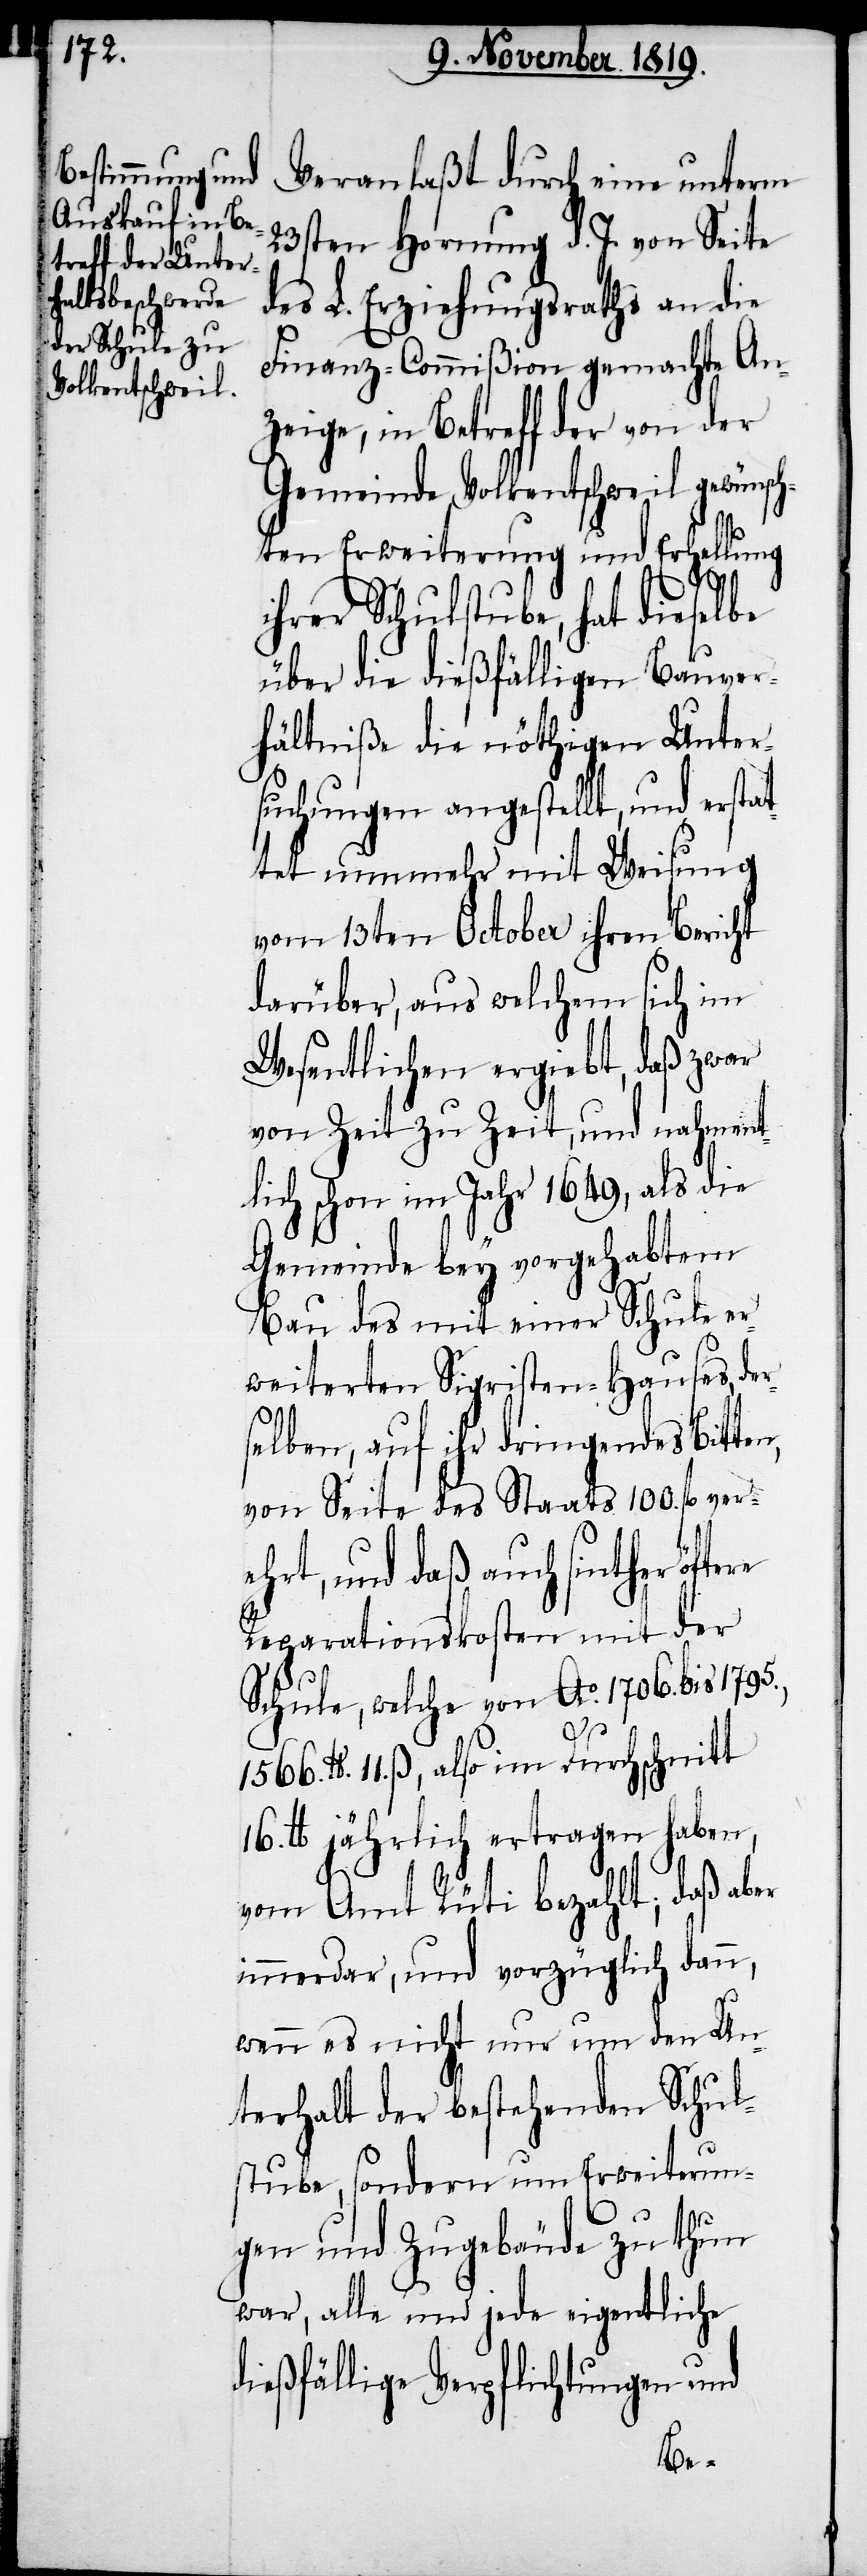
Veranlaßt durch eine unterm
23sten Hornung d. J. von Seite
des L. Erziehungsraths an die
Finanz-Commißion gemachte An¬
zeige, in Betreff der von der
Gemeinde Volkentschweil gewünsch¬
ten Erweiterung und Erhellung
ihrer Schulstube, hat dieselbe
über die dießfälligen Bauver¬
hältniße die nöthigen Unter¬
suchungen angestellt, und erstat¬
tet nunmehr mit Weisung
vom 13ten October ihren Bericht
darüber, aus welchem sich im
Wesentlichen ergiebt, daß zwar
von Zeit zu Zeit, und nahment¬
lich schon im Jahr 1649, als die
Gemeinde bey vorgehabtem
Bau des mit einer Schule er¬
weiterten Sigristen-Hauses, der¬
rn
selben, auf ihr dringendes Bitten,
von Seite des Staats 100. fl. ver¬
ehrt, und daß auch sinther öfte¬
Reparationskosten mit der
Schule, welche von Ao. 1706. bis 1795.,
1566.
lb. 11. ß., also im Durchschnitt
16. lb. jährlich ertragen haben,
vom Amt Rüti bezahlt; daß aber
immerdar, und vorzüglich dann,
wenn es nicht nur um den Un¬
terhalt der bestehenden Schul¬
stube, sondern um Erweiterun¬
gen und Zugebäude zu thun
war, alle und jede eigentliche
dießfällige Verpflichtungen und